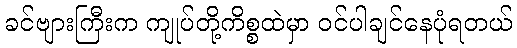
ခင်ဗျားကြီးက ကျုပ်တို့ကိစ္စထဲမှာ ဝင်ပါချင်နေပုံရတယ်